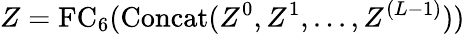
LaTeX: Z=\mathrm{FC}_{6}(\mathrm{Concat}(Z^{0},Z^{1},...,Z^{(L-1)}))